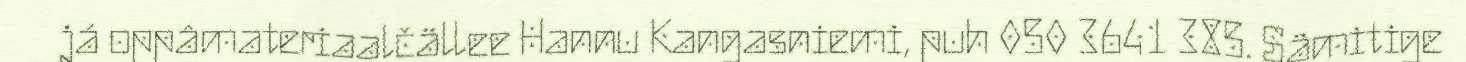
já oppâmateriaalčällee Hannu Kangasniemi, puh 050 3641 385. Sämitige